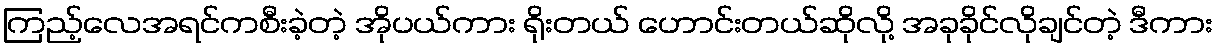
ကြည့်လေအရင်ကစီးခဲ့တဲ့ အိုပယ်ကား ရိုးတယ် ဟောင်းတယ်ဆိုလို့ အခုခိုင်လိုချင်တဲ့ ဒီကား